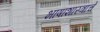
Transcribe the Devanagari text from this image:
भाषाशास्त्राचें